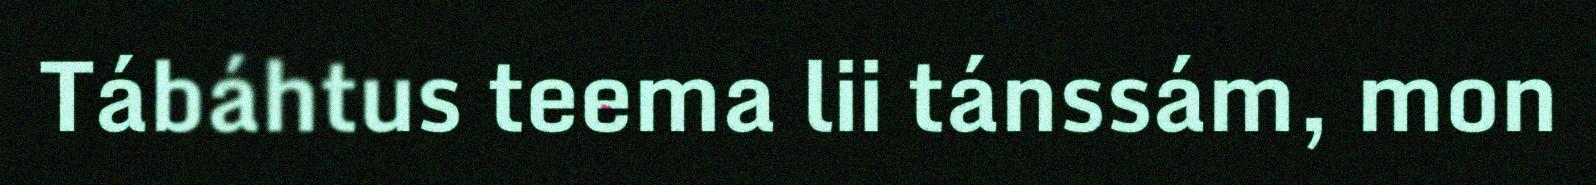
Tábáhtus teema lii tánssám, mon